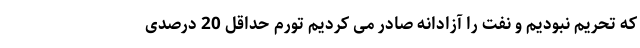
که تحریم نبودیم و نفت را آزادانه صادر می کردیم تورم حداقل 20 درصدی